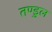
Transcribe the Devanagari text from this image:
तण्डुल